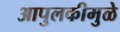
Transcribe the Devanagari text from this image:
आपुलकीमुळे